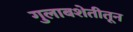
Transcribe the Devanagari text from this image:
गुलाबशेतीतून